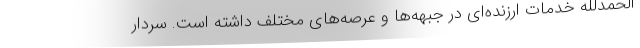
الحمدلله خدمات ارزنده‌ای در جبهه‌ها و عرصه‌های مختلف داشته است. سردار